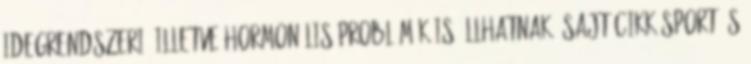
idegrendszeri, illetve hormonális problémák is állhatnak. SAJTÓCIKK SPORT ÉS